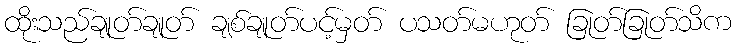
ထိုးသည်ချုတ်ချုတ် ချစ်ချုတ်ပင့်မှတ် ပသတ်မဟုတ် ခြုတ်ခြုတ်သိက